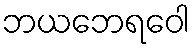
ဘယဘေရဝေါ